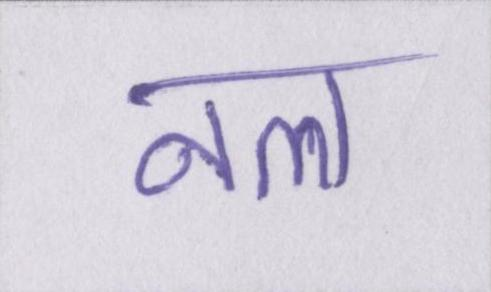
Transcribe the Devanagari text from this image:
नल